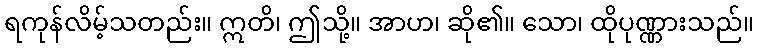
ရကုန်လိမ့်သတည်း။ ဣတိ၊ ဤသို့။ အာဟ၊ ဆို၏။ သော၊ ထိုပုဏ္ဏားသည်။